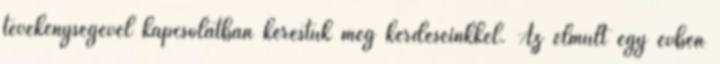
tevékenységével kapcsolatban kerestük meg kérdéseinkkel. Az elmúlt egy évben